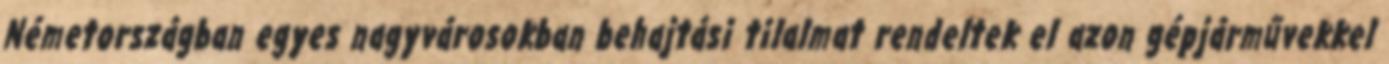
Németországban egyes nagyvárosokban behajtási tilalmat rendeltek el azon gépjárművekkel